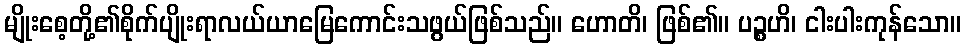
မျိုးစေ့တို့၏စိုက်ပျိုးရာလယ်ယာမြေကောင်းသဖွယ်ဖြစ်သည်။ ဟောတိ၊ ဖြစ်၏။ ပဉ္စဟိ၊ ငါးပါးကုန်သော။